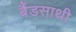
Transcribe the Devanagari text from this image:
बैंडसाथी